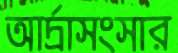
আর্দ্রাসংসার